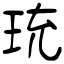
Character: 珫